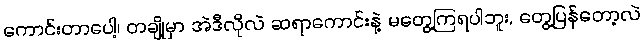
ကောင်းတာပေါ့၊ တချို့မှာ အဲဒီလိုလဲ ဆရာကောင်းနဲ့ မတွေ့ကြရပါဘူး, တွေ့ပြန်တော့လဲ